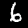
Digit: 6